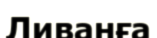
Ливанға